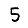
Digit: 5